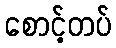
စောင့်တပ်